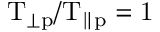
\mathrm { T _ { \perp p } / T _ { \parallel p } = 1 }